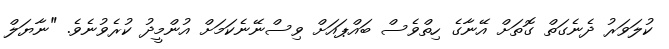
ކުލަވަރު ދެނެގަތް ގޮތަށް އޭނާގެ ހިތްވެސް ބައްޕައަށް ވިސްނޭނެކަމަށް އުންމީދު ކުރެވުނެވެ. "ނާޔަލް